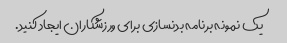
یک نمونه برنامه بدنسازی برای ورزشکاران ایجاد کنید.